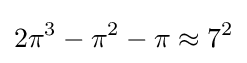
2\pi ^{3}-\pi ^{2}-\pi \approx 7^{2}